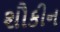
શૌકીન